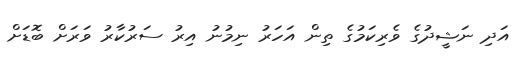
އަދި ނަޝީދުގެ ވެރިކަމުގެ ތިން އަހަރު ނިމުނު އިރު ސަރުކާރު ވަރަށް ބޮޑަށް